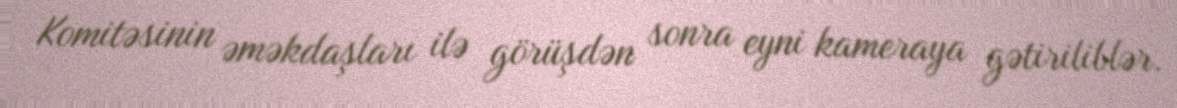
Komitəsinin əməkdaşları ilə görüşdən sonra eyni kameraya gətiriliblər.